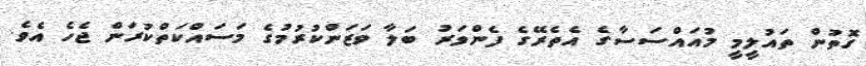
ގޮތުން ތައުލީމީ މުއައްސަސާގެ އެތެރޭގެ ފެންވަރު ބަލާ ވަޒަންކުރުމުގެ މަސައްކަތްކުރަން ޖެހެ އެވެ.